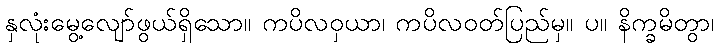
နှလုံးမွေ့လျော်ဖွယ်ရှိသော။ ကပိလဝှယာ၊ ကပိလဝတ်ပြည်မှ။ ပ။ နိက္ခမိတွာ၊